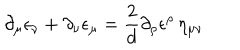
\partial _ { \mu } \epsilon _ { \nu } + \partial _ { \nu } \epsilon _ { \mu } = \frac { 2 } { d } \partial _ { \rho } \epsilon ^ { \rho } \, \eta _ { \mu \nu }